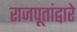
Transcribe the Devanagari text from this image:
राजपूतांद्वारे